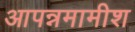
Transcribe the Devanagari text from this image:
आपन्नमामीश